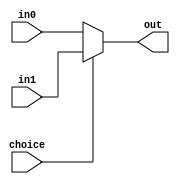
`timescale 1ns / 1ps
module Mux32(
    input choice,
    input[31:0] in0,
    input[31:0] in1,
    output[31:0] out
);
    assign out=choice?in1:in0;
endmodule